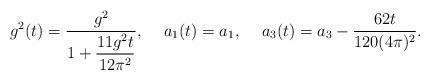
LaTeX: \begin{align*}g^2(t)={g^2 \over \displaystyle 1+{11 g^2 t \over 12 \pi^2}}, \hspace{5mm}a_1(t)=a_1, \hspace{5mm}a_3(t)=a_3-{62 t \over 120 (4\pi)^2}.\end{align*}